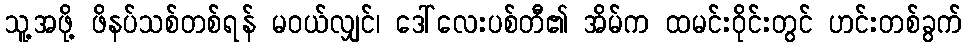
သူ့အဖို့ ဖိနပ်သစ်တစ်ရန် မဝယ်လျှင်၊ ဒေါ်လေးပစ်တီ၏ အိမ်က ထမင်းဝိုင်းတွင် ဟင်းတစ်ခွက်